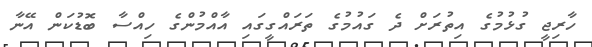
ހާރިޖީ ގުޅުމުގެ އިތުރަށް ދެ ގައުމުގެ ތަރައްގީގައި އާއްމުންގެ ހިއްސާ ބޮޑުކަން އޭނާ